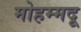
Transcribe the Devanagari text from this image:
मोहम्मदू